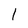
Character: l